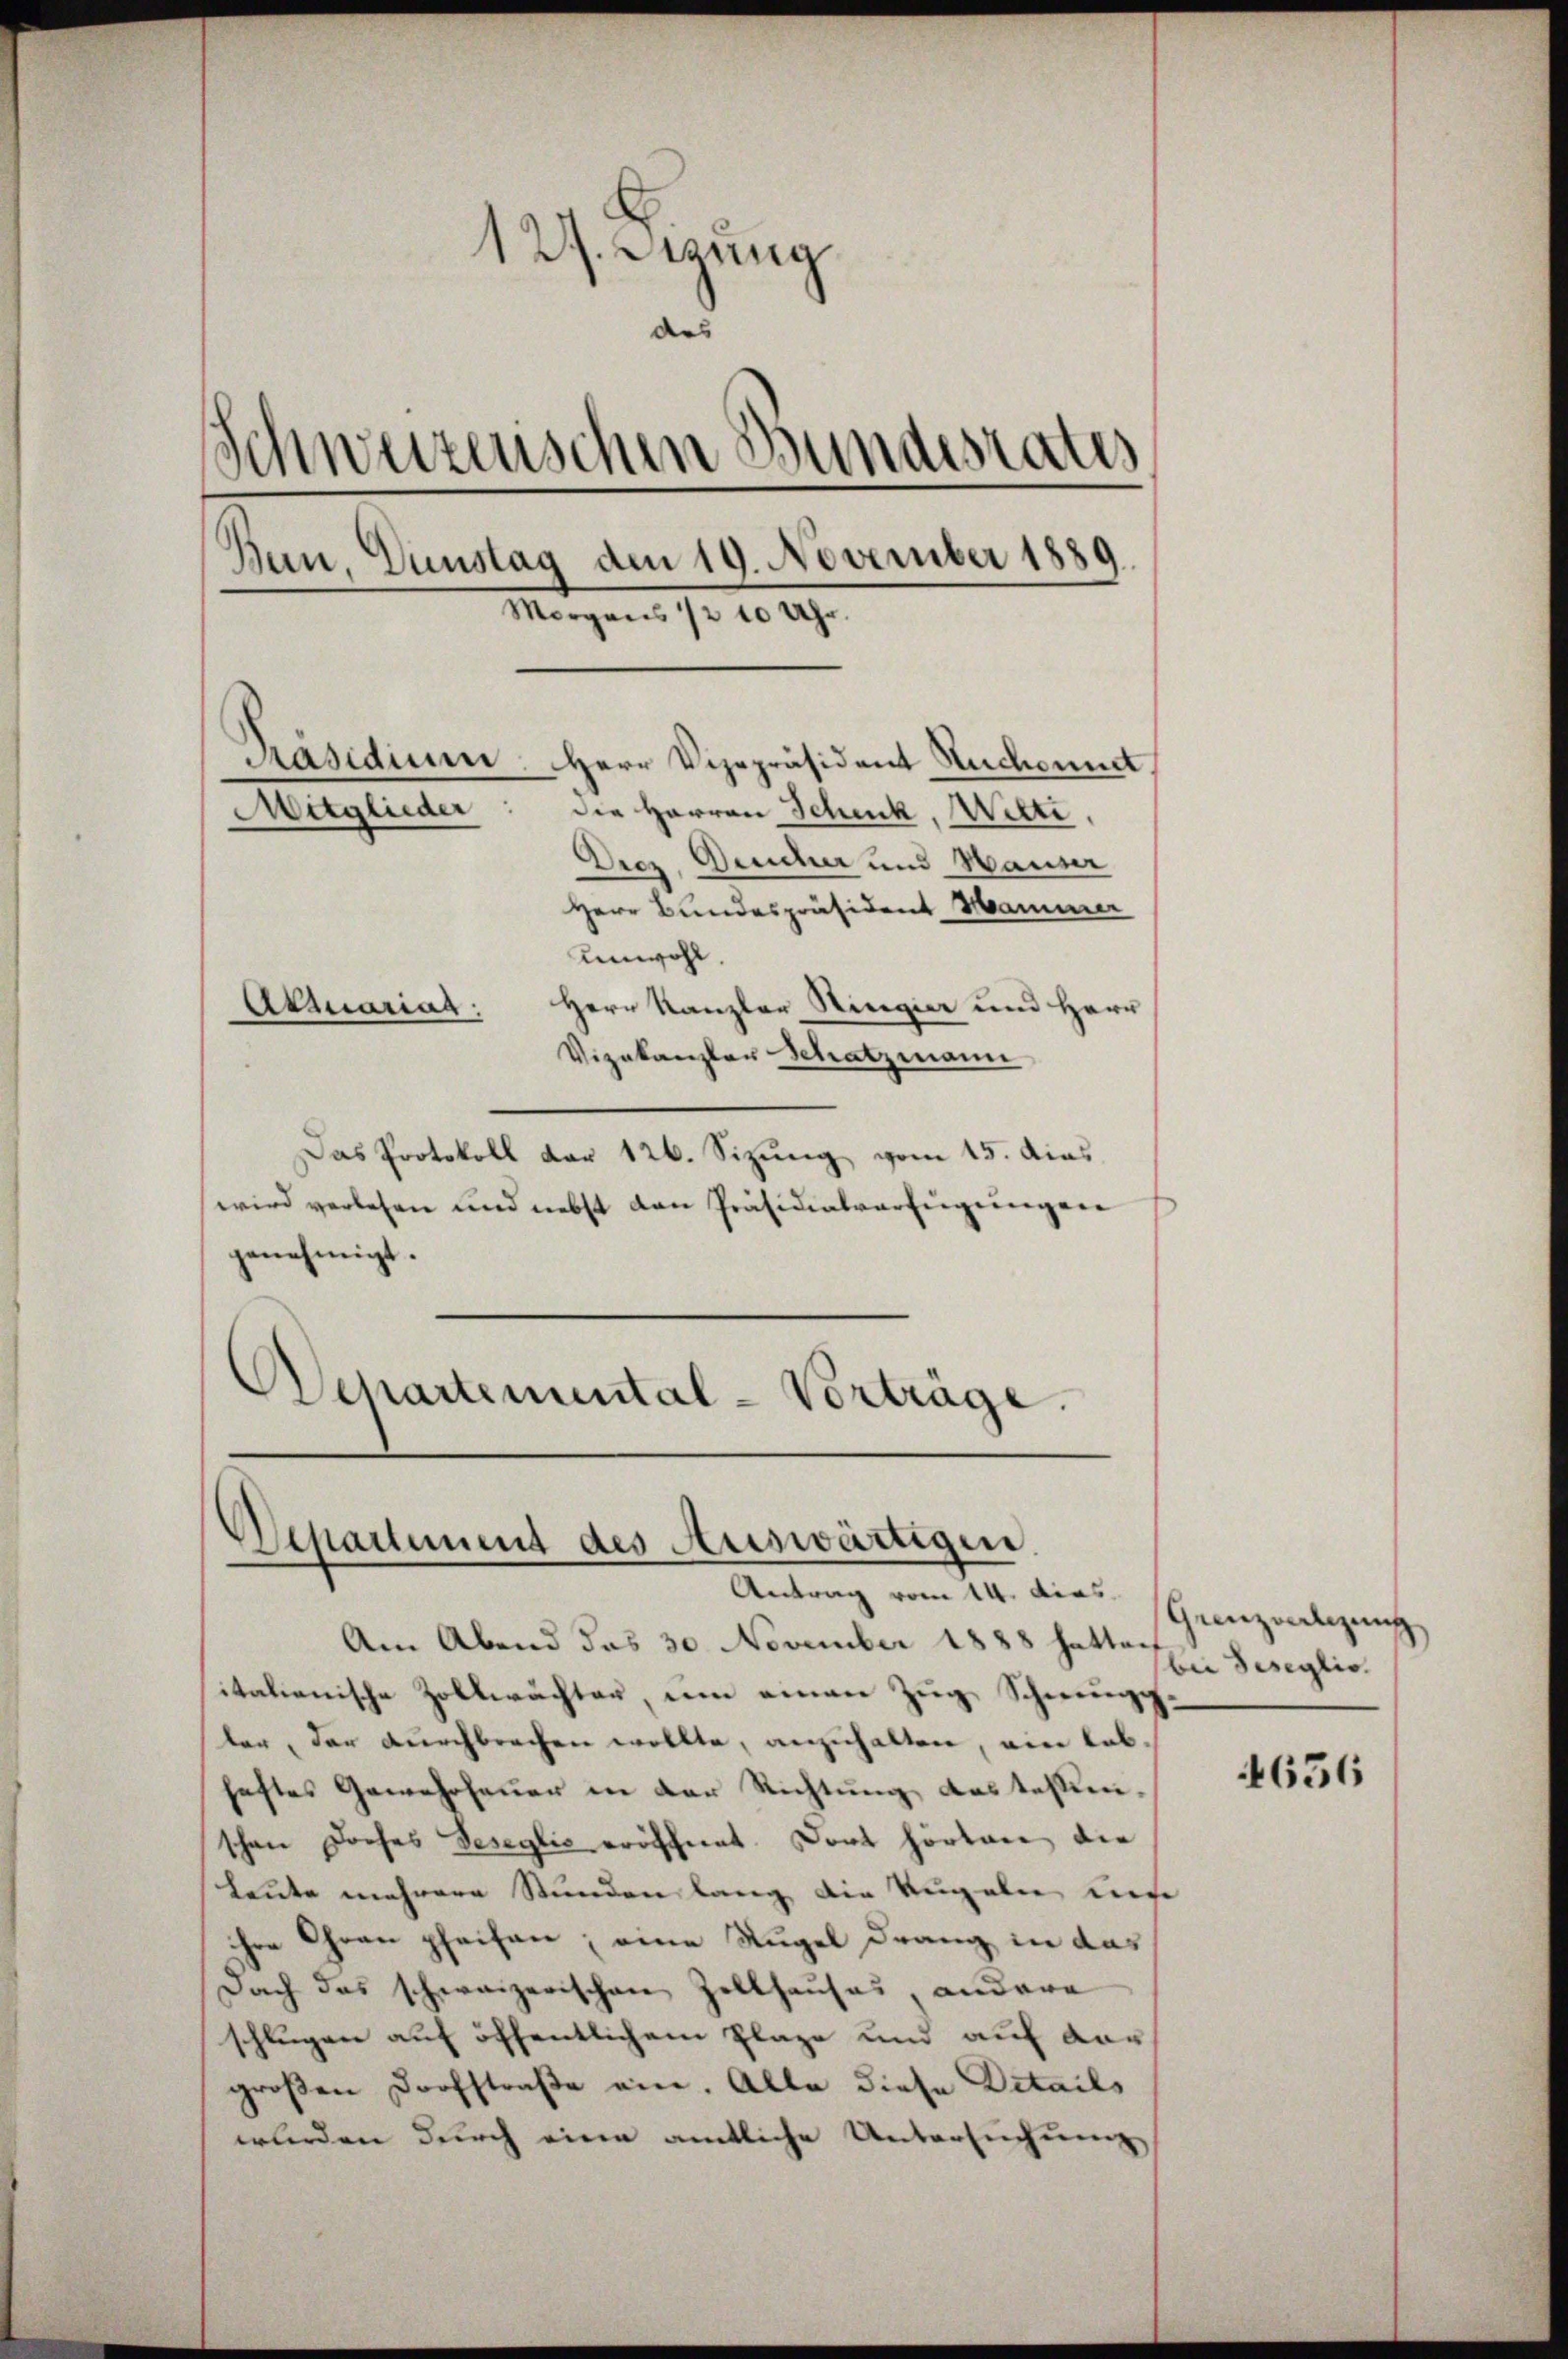
127. Jung
des
Schweizerischen Bundesrates
Ban, Dunstag den 19. November 1889.
Morgens 1/2 10 Uhr.

die Herren Schick, Witti
Diez, Deicher und Hauser
Herr Bundespräsident Hammer
Anwohl.
Herr Kanzler Ringier und Herr
Vizekanzler Schatzmann
Das Protokoll der 126. Sizung vom 15. dies
wird verlesen und nebst den Präsidialverfügungen
genehmigt.
Separtemental-Vorträge.

Präsidium. Herr Vizepräsident Ruchonnet.

Mitglieder

Atmariag

Departement des Auswärtigen.

Antrag vom 14. dies Ganzenlegung.

Am Abend das 30 November 1888 hatten
italienische Zollwächter, um einen Zug, Schwung
ler, der durchbrechen wollte, anzuhalten, ein Lobhaftes Gewehrfeuer in der Richtung des Tessinschen Doches Beseglić eröffnet. Dort hörten die
Leute mehrere Stunden lang die Kugeln unse
ihre Chran pfeifen; eine Rugel drang in das
Dach das schweizerischen Zellhauses, andere
schlugen auf öffentlichem Plaze und auf dar
großen Dorfstraße ein. Alle diese Details
werden durch eine amtliche Untersuchung

bei Seseglic
4636